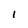
Character: I